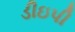
ડીઇપી